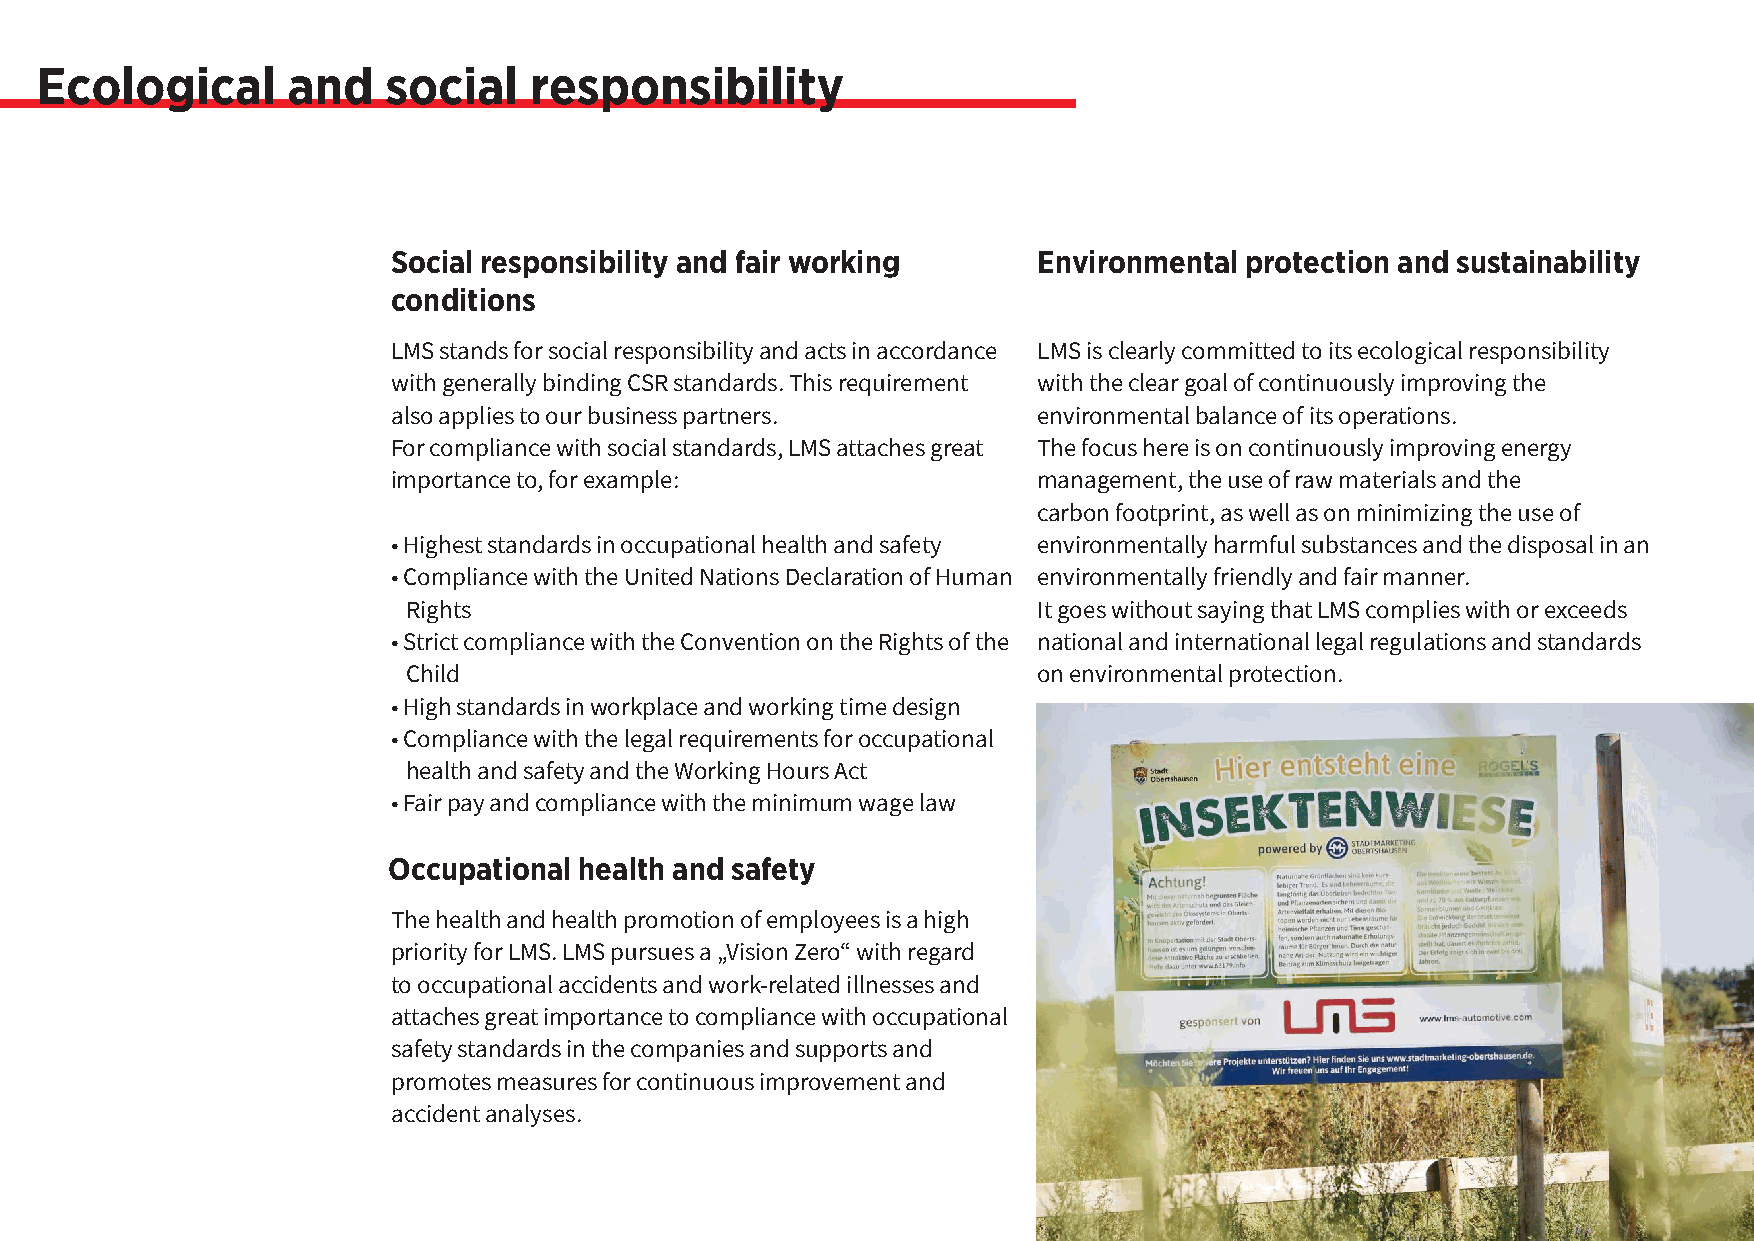
Ecological       and    social   responsibility
 Social responsibility and fair working     Environmental protection and sustainability
 conditions
 LMS stands for social responsibility and acts in accordance LMS is clearly committed to its ecological responsibility
 with generally binding CSR standards. This requirement with the clear goal of continuously improving the
 also applies to our business partners.     environmental balance of its operations.
 For compliance with social standards, LMS attaches great The focus here is on continuously improving energy
 importance to, for example:                management, the use of raw materials and the
 carbon footprint, as well as on minimizing the use of
 •Highest standards in occupational health and safety environmentally harmful substances and the disposal in an
 •Compliance with the United Nations Declaration of Human environmentally friendly and fair manner.
 Rights                                    It goes without saying that LMS complies with or exceeds
 •Strict compliance with the Convention on the Rights of the national and international legal regulations and standards
 Child                                     on environmental protection.
 •High standards in workplace and working time design
 •Compliance with the legal requirements for occupational
 health and safety and the Working Hours Act
 •Fair pay and compliance with the minimum wage law
 Occupational health and safety
 The health and health promotion of employees is a high
 priority for LMS. LMS pursues a „Vision Zero“ with regard
 to occupational accidents and work-related illnesses and
 attaches great importance to compliance with occupational
 safety standards in the companies and supports and
 promotes measures for continuous improvement and
 accident analyses.